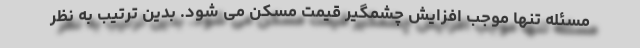
مسئله تنها موجب افزایش چشمگیر قیمت مسکن می شود. بدین ترتیب به نظر